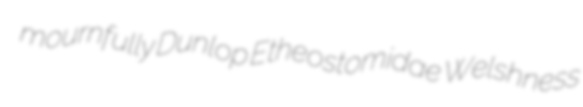
mournfully Dunlop Etheostomidae Welshness